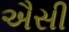
ઐસી